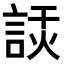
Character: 𧨗